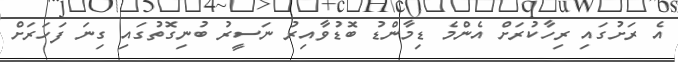
އެ ރަށުގައި ރިހާކުރަށް އެންމެ ޑިމާންޑު ބޮޑުވާއިރު ނަސީރު ބުނިގޮތުގައި ގިނަ ފަހަރަށް